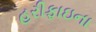
હરીફાઇના